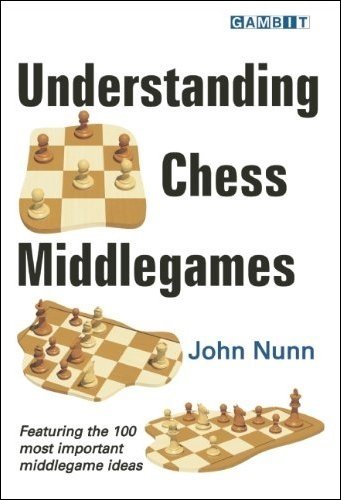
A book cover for Understanding Chess Middlegames; John Nunn; Humor & Entertainment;